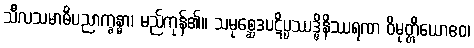
သီလသမာဓိပညာက္ခန္ဓာ၊ မည်ကုန်၏။ သမုစ္ဆေဒပဋိပ္ပဿဒ္ဓိနိဿရဏ ဝိမုတ္တိယောဧဝ၊